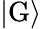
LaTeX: |\mathrm{G}\rangle